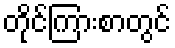
တိုင်ကြားစာတွင်